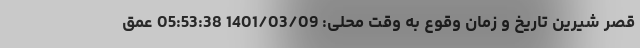
قصر شيرين تاریخ و زمان وقوع به وقت محلی: 1401/03/09 05:53:38 عمق